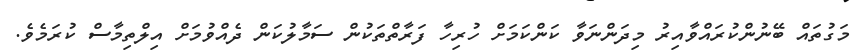
މަގުތައް ބޭނުންކުރައްވާއިރު މިދަންނަވާ ކަންކަމަށް ހުރިހާ ފަރާތްތަކުން ސަމާލުކަން ދެއްވުމަށް އިލްތިމާސް ކުރަމެވެ.